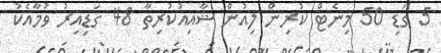
5 ގަޑި 50 މިނެޓް ކުރިން ލިއުން ޝާއިއުކުރިތާ 48 ގަޑިއިރު ވުމާއެކު